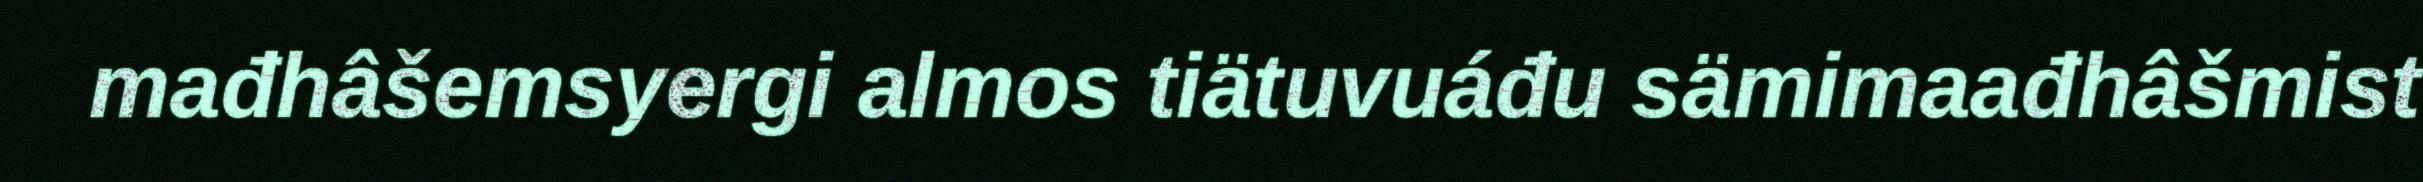
mađhâšemsyergi almos tiätuvuáđu sämimaađhâšmist